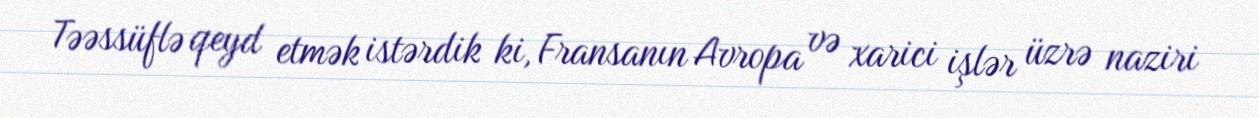
Təəssüflə qeyd etmək istərdik ki, Fransanın Avropa və xarici işlər üzrə naziri